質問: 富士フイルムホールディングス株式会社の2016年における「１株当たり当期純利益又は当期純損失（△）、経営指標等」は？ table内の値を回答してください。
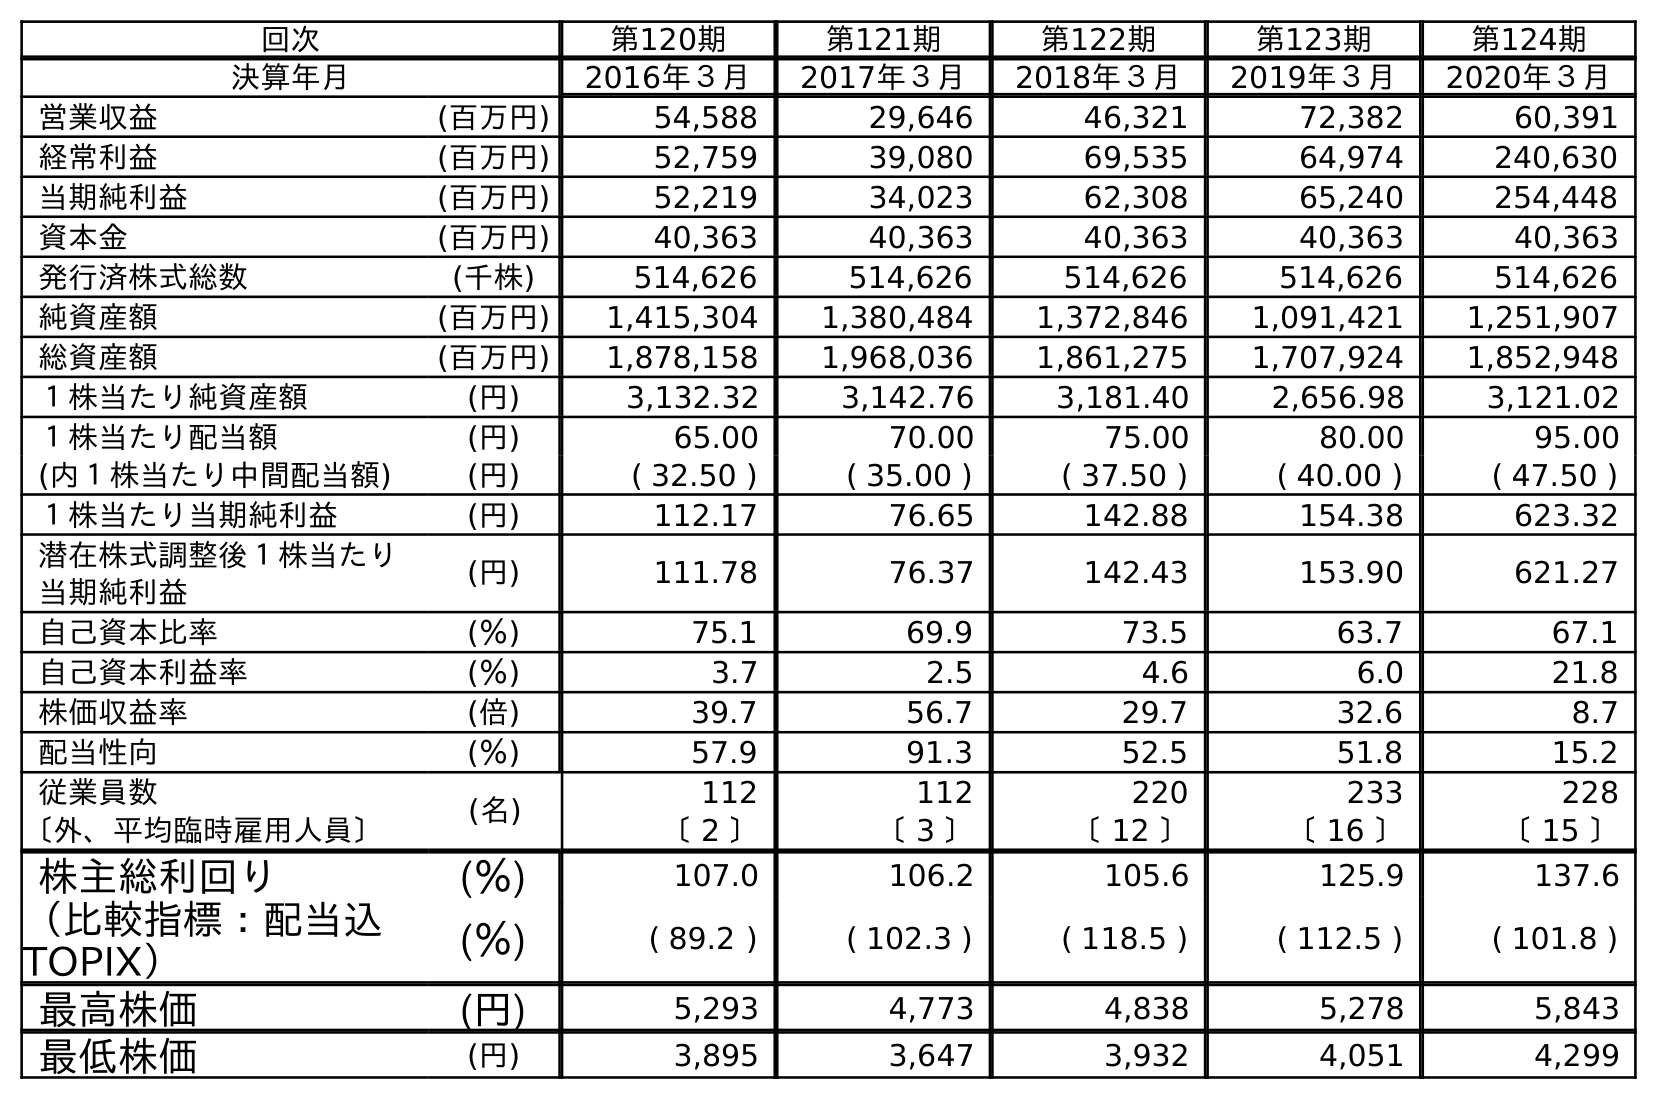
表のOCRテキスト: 回次 第120期 第121期 第122期 第123期 第124期 決算年月 2016年３月 2017年３月 2018年３月 2019年３月 2020年３月 営業収益 (百万円) 54,588 29,646 46,321 72,382 60,391 経常利益 (百万円) 52,759 39,080 69,535 64,974 240,630 当期純利益 (百万円) 52,219 34,023 62,308 65,240 254,448 資本金 (百万円) 40,363 40,363 40,363 40,363 40,363 発行済株式総数 (千株) 514,626 514,626 514,626 514,626 514,626 純資産額 (百万円) 1,415,304 1,380,484 1,372,846 1,091,421 1,251,907 総資産額 (百万円) 1,878,158 1,968,036 1,861,275 1,707,924 1,852,948 １株当たり純資産額 (円) 3,132.32 3,142.76 3,181.40 2,656.98 3,121.02 １株当たり配当額 (円) 65.00 70.00 75.00 80.00 95.00 (内１株当たり中間配当額) (円) ( 32.50 ) ( 35.00 ) ( 37.50 ) ( 40.00 ) ( 47.50 ) １株当たり当期純利益 (円) 112.17 76.65 142.88 154.38 623.32 潜在株式調整後１株当たり 当期純利益 (円) 111.78 76.37 142.43 153.90 621.27 自己資本比率 (％) 75.1 69.9 73.5 63.7 67.1 自己資本利益率 (％) 3.7 2.5 4.6 6.0 21.8 株価収益率 (倍) 39.7 56.7 29.7 32.6 8.7 配当性向 (％) 57.9 91.3 52.5 51.8 15.2 従業員数 (名) 112 112 220 233 228 〔外、平均臨時雇用人員〕 〔 2 〕 〔 3 〕 〔 12 〕 〔 16 〕 〔 15 〕 株主総利回り (％) 107.0 106.2 105.6 125.9 137.6 （比較指標：配当込 TOPIX） (％) ( 89.2 ) ( 102.3 ) ( 118.5 ) ( 112.5 ) ( 101.8 ) 最高株価 (円) 5,293 4,773 4,838 5,278 5,843 最低株価 (円) 3,895 3,647 3,932 4,051 4,299
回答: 112.17